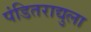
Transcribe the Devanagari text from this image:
पंडितराद्युला